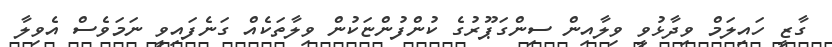
ގާޒީ ހައިލަމް ވިދާޅުވީ ވިލާއިން ސިންގަޕޫރުގެ ކުންފުންޏަކުން ވިލާތަކެއް ގަނެފައިވީ ނަމަވެސް އެވިލާ